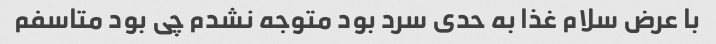
با عرض سلام غذا به حدی سرد بود متوجه نشدم چی بود متاسفم